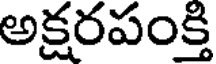
అక్షరపంక్తి